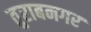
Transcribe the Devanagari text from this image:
तुराबनगर